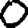
Digit: 0